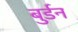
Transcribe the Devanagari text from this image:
बुर्डन